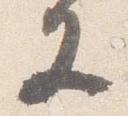
又